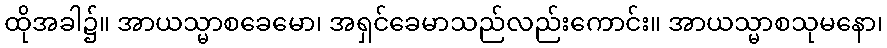
ထိုအခါ၌။ အာယသ္မာစခေမော၊ အရှင်ခေမာသည်လည်းကောင်း။ အာယသ္မာစသုမနော၊